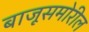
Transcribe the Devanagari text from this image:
बाजूसमोरील